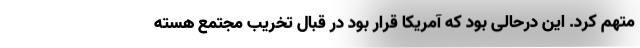
متهم کرد. این درحالی بود که آمریکا قرار بود در قبال تخریب مجتمع هسته